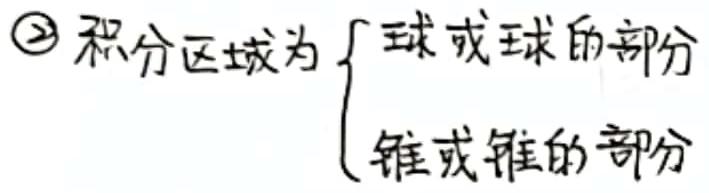
\textcircled{2} 积分区域为$\begin{cases} \text{球或球的部分} \\ \text{锥或锥的部分} \end{cases}$